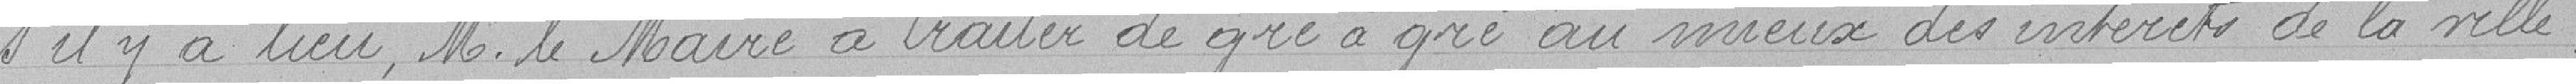
s'il y a lieu M le Maire à traiter de gré à gré au mieux des intérêts de la ville.